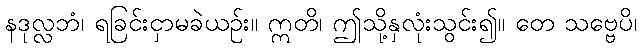
နဒုလ္လဘံ၊ ရခြင်းငှာမခဲယဉ်း။ ဣတိ၊ ဤသို့နှလုံးသွင်း၍။ တေ သဗ္ဗေပိ၊